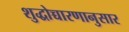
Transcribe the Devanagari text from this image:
शुद्धोच्चारणानुसार